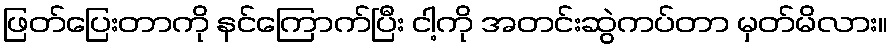
ဖြတ်ပြေးတာကို နင်ကြောက်ပြီး ငါ့ကို အတင်းဆွဲကပ်တာ မှတ်မိလား။